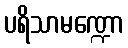
ပရိသာမဏ္ဍော